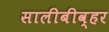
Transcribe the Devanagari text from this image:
सालीबीव्हर